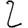
Digit: 2